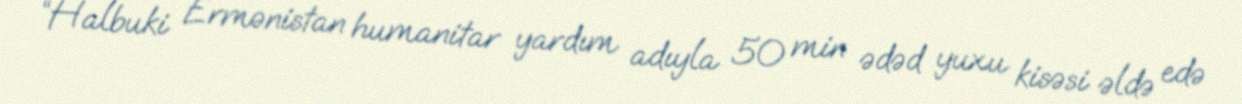
“Halbuki Ermənistan humanitar yardım adıyla 50 min ədəd yuxu kisəsi əldə edə